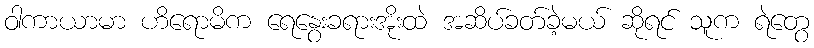
ဝါကာယာမာ ဟိရောမိက ရေနွေးခရားအိုးထဲ အဆိပ်ခတ်ခဲ့မယ် ဆိုရင် သူက ရဲတွေ